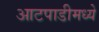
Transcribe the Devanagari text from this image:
आटपाडीमध्ये